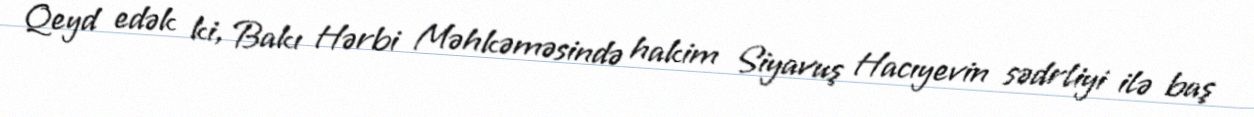
Qeyd edək ki, Bakı Hərbi Məhkəməsində hakim Siyavuş Hacıyevin sədrliyi ilə baş